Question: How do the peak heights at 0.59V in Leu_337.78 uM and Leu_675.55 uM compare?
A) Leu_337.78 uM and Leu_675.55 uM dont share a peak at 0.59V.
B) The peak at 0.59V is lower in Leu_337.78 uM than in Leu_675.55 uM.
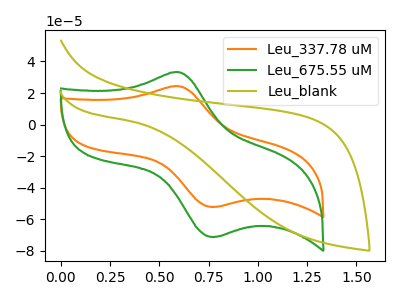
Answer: <think>The orange curve "Leu_337.78 uM" has an anodic peak at (0.60V, 24.35uA) and a cathodic peak at (0.80V, -52.10uA). The green curve "Leu_675.55 uM" has an anodic peak at (0.60V, 33.20uA) and a cathodic peak at (0.80V, -71.10uA). The olive curve "Leu_blank" has no peaks.</think>
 <answer>B) The peak at 0.59V is lower in "Leu_337.78 uM" than in "Leu_675.55 uM".</answer>
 <eval>B</eval>